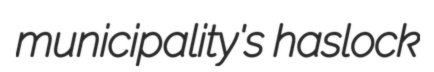
municipality's haslock